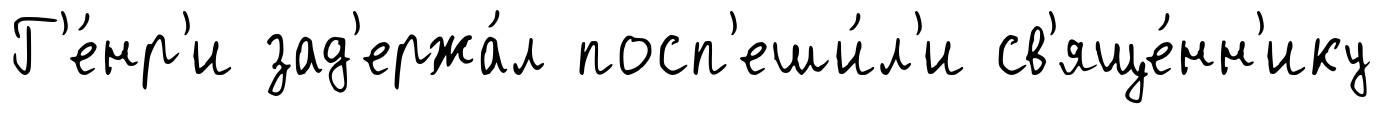
Г'е́нр'и зад'ержа́л посп'еши́л'и св'яще́нн'ику